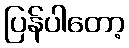
ပြန်ပါတော့